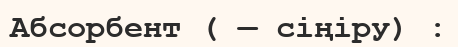
Абсорбент ( — сіңіру) :